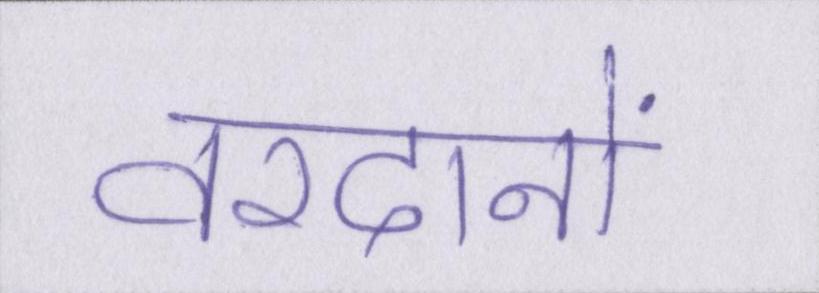
वरदानों